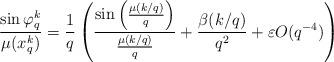
LaTeX: \begin{align*} \frac{ \sin \varphi_q^k}{\mu(x^k_q)} &= \frac{1}{q} \left (\frac{ \sin \left ( \frac{\mu \left ({k}/{q} \right )}{q} \right )}{ \frac{\mu \left ({k}/{q} \right )}{q} }+ \frac{\beta(k/q)}{q^2} + \varepsilon O(q^{-4}) \right )\end{align*}